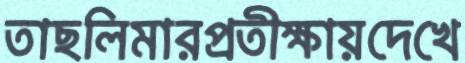
তাছলিমারপ্রতীক্ষায়দেখে